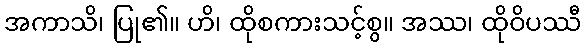
အကာသိ၊ ပြု၏။ ဟိ၊ ထိုစကားသင့်စွ။ အဿ၊ ထိုဝိပဿီ